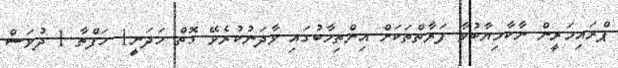
ޕްރައިމަރީން ނާކާމިޔާބުވާ ފަރާތްތަކަށް އިންތިހާބުގައި ވާދަނުކުރެވޭ ގޮތް ހަދަނީ1 ހަފްތާ 1 ދުވަސް